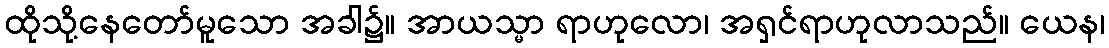
ထိုသို့နေတော်မူသော အခါ၌။ အာယသ္မာ ရာဟုလော၊ အရှင်ရာဟုလာသည်။ ယေန၊